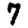
Digit: 7